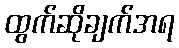
ထွက်ဆိုချက်အရ